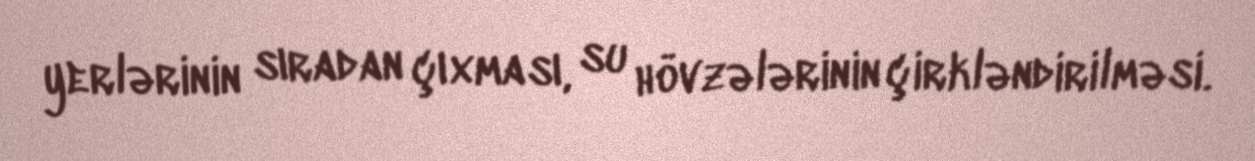
yerlərinin sıradan çıxması, su hövzələrinin çirkləndirilməsi.